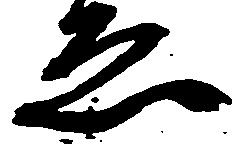
ゑ